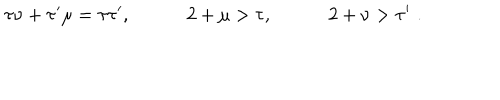
LaTeX: \tau \nu + \tau ^ { \prime } \mu = \tau \tau ^ { \prime } , \quad \qquad 2 + \mu > \tau , \quad \qquad 2 + \nu > \tau ^ { \prime } \, \, .